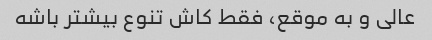
عالی و به موقع، فقط کاش تنوع بیشتر باشه